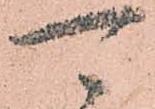
可